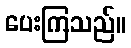
ပေးကြသည်။